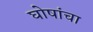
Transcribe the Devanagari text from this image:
घोषांचा